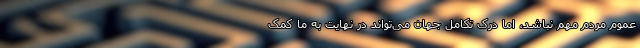
عموم مردم مهم نباشد، اما درک تکامل جهان می‌تواند در نهایت به ما کمک